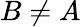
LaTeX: B\neq A